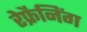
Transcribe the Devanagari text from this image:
रेफ्रैनिंग